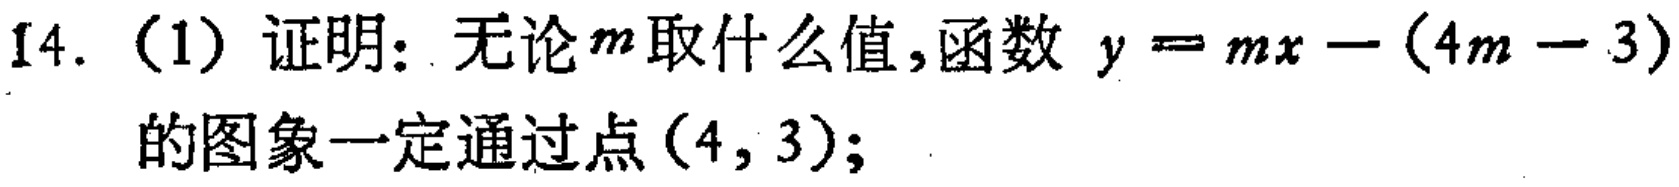
14. (1) 证明：无论\(m\)取什么值，函数 \(y = mx-(4m - 3)\) 的图象一定通过点\((4,3)\)；